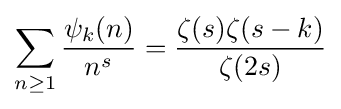
\sum _{n\geq 1}{\frac {\psi _{k}(n)}{n^{s}}}={\frac {\zeta (s)\zeta (s-k)}{\zeta (2s)}}